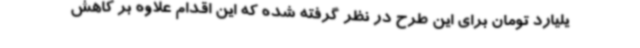
یلیارد تومان برای این طرح در نظر گرفته شده که این اقدام علاوه بر کاهش